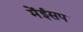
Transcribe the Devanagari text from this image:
मेंईसप